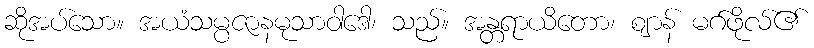
ဆိုအပ်သော။ အယံသမ္ပဇာနမုသာဝါဒေါ၊ သည်။ အန္တရာယိတော၊ ဈာန် မဂ်ဖိုလ်၏